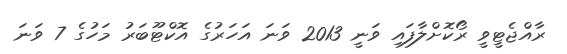
ރާއްޖެޓީވީ ރޯކޮށްލާފައި ވަނީ 2013 ވަނަ އަހަރުގެ އޮކްޓޫބަރު މަހުގެ 7 ވަނަ